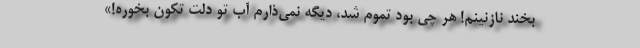
بخند نازنینم! هر چی بود تموم شد، دیگه نمی‌ذارم آب تو دلت تکون بخوره!»